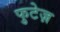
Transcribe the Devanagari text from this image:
फुटेज़